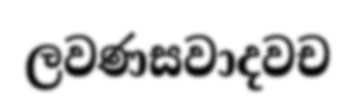
ලවණසවාදවච